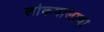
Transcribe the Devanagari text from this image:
लोकपालाचा